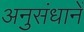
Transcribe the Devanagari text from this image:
अनुसंधानें